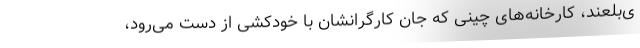
ی‌بلعند، کارخانه‌های چینی که جان کارگرانشان با خودکشی از دست می‌رود،